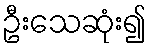
ဦးသေဆုံး၍